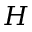
H